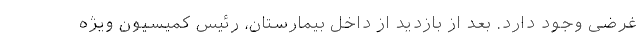
غرضی وجود دارد. بعد از بازدید از داخل بیمارستان، رئیس کمیسیون ویژه